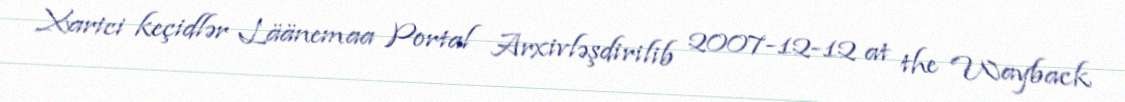
Xarici keçidlər Läänemaa Portal Arxivləşdirilib 2007-12-12 at the Wayback